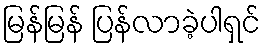
မြန်မြန် ပြန်လာခဲ့ပါရှင်